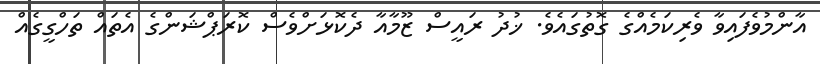
އާންމުވެފައިވާ ވެރިކަމެއްގެ ގޮތުގައެވެ. ޚުދު ރައީސް ޒޫމާއާ ދެކޮޅަށްވެސް ކޮރަޕްޝަންގެ އެތައް ތަހްގީގެއް